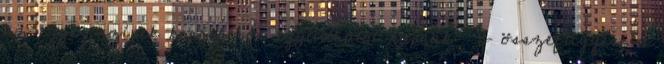
az egyes színek korrekciós együtthatót kapnak: Y összefüggése a